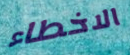
الاخطاء